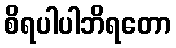
စိရပါပါဘိရတော